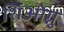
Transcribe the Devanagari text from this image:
शिंओग्नु